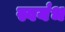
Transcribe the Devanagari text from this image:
स्वयंभ